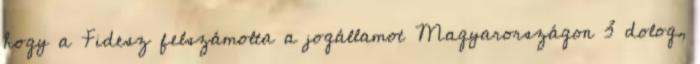
hogy a Fidesz felszámolta a jogállamot Magyarországon 3 dolog,